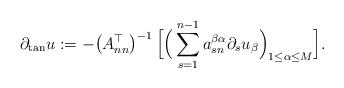
LaTeX: \begin{align*}\partial_{\rm tan} u:=-\big(A^{\top}_{nn}\big)^{-1}\,\Big[\Big(\sum_{s=1}^{n-1}a_{sn}^{\beta\alpha}\partial_s u_\beta\Big)_{1\leq\alpha\leq M}\Big].\end{align*}